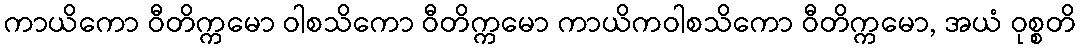
ကာယိကော ဝီတိက္ကမော ဝါစသိကော ဝီတိက္ကမော ကာယိကဝါစသိကော ဝီတိက္ကမော, အယံ ဝုစ္စတိ